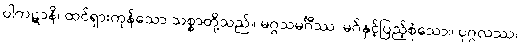
ပါကဋာနိ၊ ထင်ရှားကုန်သော သစ္စာတို့သည်။ မဂ္ဂသမင်္ဂီဿ၊ မဂ်နှင့်ပြည့်စုံသော။ ပုဂ္ဂလဿ၊